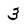
Character: 3